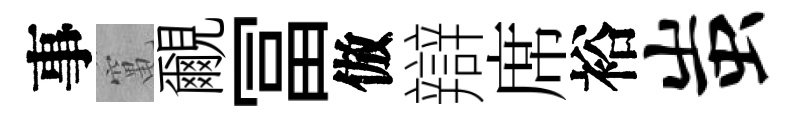
事𥧄覼冨倣辯席裕蚩